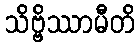
သိဗ္ဗိဿာမီတိ